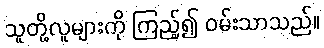
သူတို့လူများကို ကြည့်၍ ဝမ်းသာသည်။